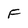
Character: F